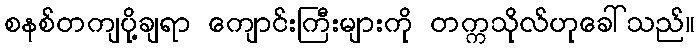
စနစ်တကျပို့ချရာ ကျောင်းကြီးများကို တက္ကသိုလ်ဟုခေါ်သည်။